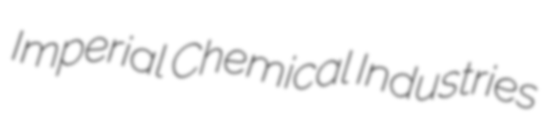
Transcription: Imperial Chemical Industries